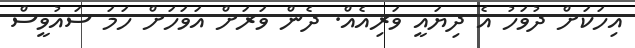
އިހަކަށް ދުވަހު އެ ދިޔައީ ވަރިއެއް. ދެން ވަރަށް އަވަހަށް ހަމަ ސައުވީސް